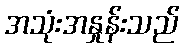
အသုံးအနှုန်းသည်